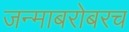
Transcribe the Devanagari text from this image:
जन्माबरोबरच